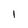
Character: 1